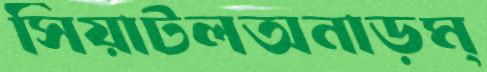
সিয়াটলঅনাড়ম্